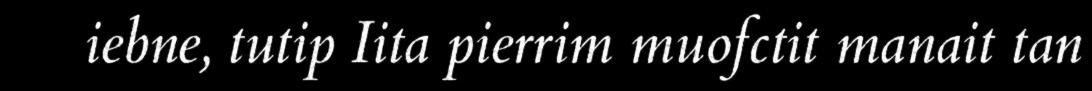
iebne, tutip Iita pierrim muofctit manait tan